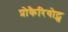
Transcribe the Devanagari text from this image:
प्रोकैरियोट्स